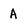
Character: A